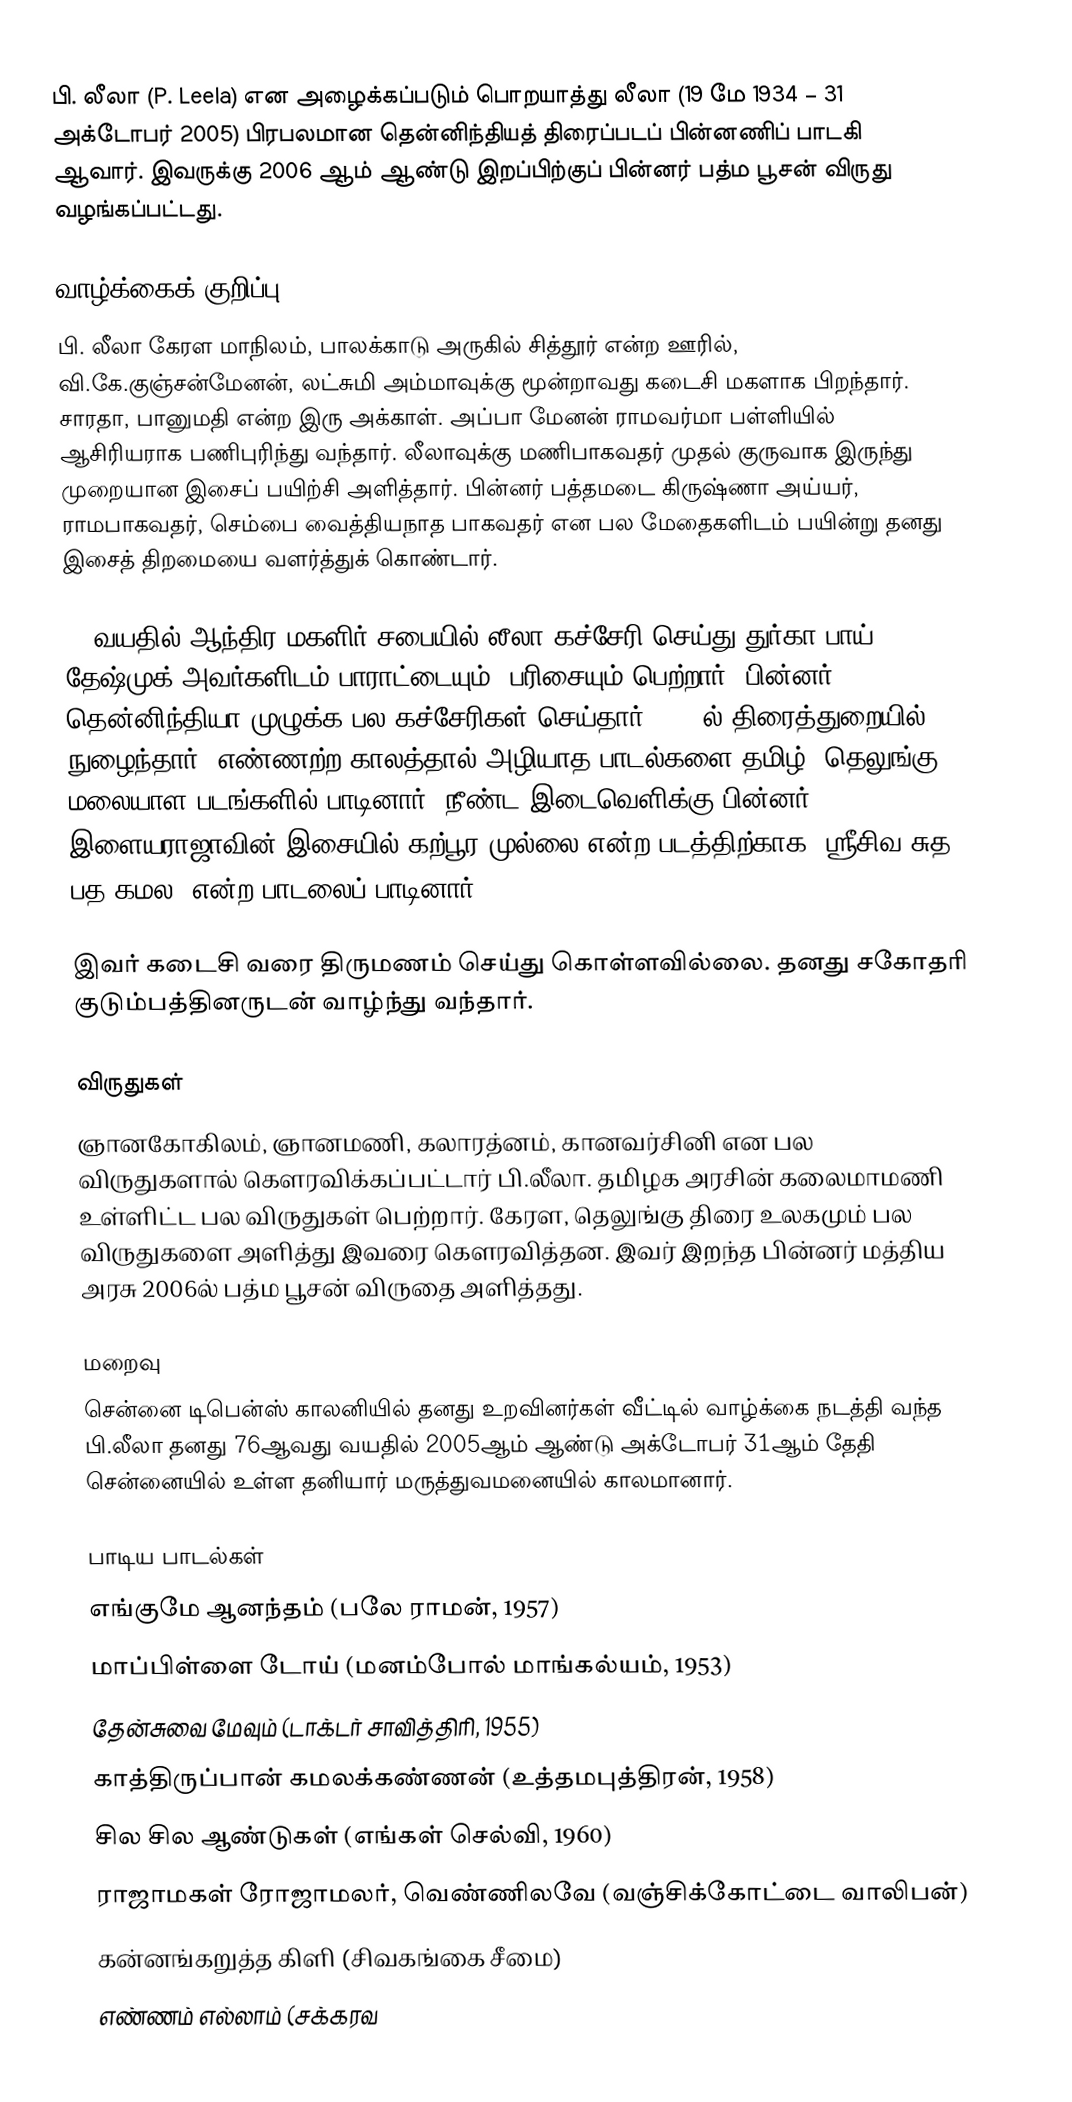
பி. லீலா (P. Leela) என அழைக்கப்படும் பொறயாத்து லீலா (19 மே 1934 – 31 அக்டோபர் 2005) பிரபலமான தென்னிந்தியத் திரைப்படப் பின்னணிப் பாடகி ஆவார். இவருக்கு 2006 ஆம் ஆண்டு இறப்பிற்குப் பின்னர் பத்ம பூசன் விருது வழங்கப்பட்டது.

வாழ்க்கைக் குறிப்பு
பி. லீலா கேரள மாநிலம், பாலக்காடு அருகில் சித்தூர் என்ற ஊரில், வி.கே.குஞ்சன்மேனன், லட்சுமி அம்மாவுக்கு மூன்றாவது கடைசி மகளாக பிறந்தார். சாரதா, பானுமதி என்ற இரு அக்காள். அப்பா மேனன் ராமவர்மா பள்ளியில் ஆசிரியராக பணிபுரிந்து வந்தார். லீலாவுக்கு மணிபாகவதர் முதல் குருவாக இருந்து முறையான இசைப் பயிற்சி அளித்தார். பின்னர் பத்தமடை கிருஷ்ணா அய்யர், ராமபாகவதர், செம்பை வைத்தியநாத பாகவதர் என பல மேதைகளிடம் பயின்று தனது இசைத் திறமையை வளர்த்துக் கொண்டார்.

12 வயதில் ஆந்திர மகளிர் சபையில் லீலா கச்சேரி செய்து துர்கா பாய் தேஷ்முக் அவர்களிடம் பாராட்டையும், பரிசையும் பெற்றார். பின்னர் தென்னிந்தியா முழுக்க பல கச்சேரிகள் செய்தார். 1948ல் திரைத்துறையில் நுழைந்தார். எண்ணற்ற காலத்தால் அழியாத பாடல்களை தமிழ், தெலுங்கு, மலையாள படங்களில் பாடினார். நீண்ட இடைவெளிக்கு பின்னர்  இளையராஜாவின் இசையில் கற்பூர முல்லை என்ற படத்திற்காக "ஸ்ரீசிவ சுத பத கமல" என்ற பாடலைப் பாடினார்.

இவர் கடைசி வரை திருமணம் செய்து கொள்ளவில்லை. தனது சகோதரி குடும்பத்தினருடன் வாழ்ந்து வந்தார்.

விருதுகள்
ஞானகோகிலம், ஞானமணி, கலாரத்னம், கானவர்சினி என பல விருதுகளால் கௌரவிக்கப்பட்டார் பி.லீலா. தமிழக அரசின் கலைமாமணி உள்ளிட்ட பல விருதுகள் பெற்றார். கேரள, தெலுங்கு திரை உலகமும் பல விருதுகளை அளித்து இவரை கௌரவித்தன. இவர் இறந்த பின்னர் மத்திய அரசு 2006ல் பத்ம பூசன் விருதை அளித்தது.

மறைவு
சென்னை டிபென்ஸ் காலனியில் தனது உறவினர்கள் வீட்டில் வாழ்க்கை நடத்தி வந்த பி.லீலா தனது 76ஆவது வயதில் 2005ஆம் ஆண்டு அக்டோபர் 31ஆம் தேதி சென்னையில் உள்ள தனியார் மருத்துவமனையில் காலமானார்.

பாடிய பாடல்கள்
 எங்குமே ஆனந்தம் (பலே ராமன், 1957)
 மாப்பிள்ளை டோய் (மனம்போல் மாங்கல்யம், 1953)
 தேன்சுவை மேவும் (டாக்டர் சாவித்திரி, 1955)
 காத்திருப்பான் கமலக்கண்ணன் (உத்தமபுத்திரன், 1958)
 சில சில ஆண்டுகள் (எங்கள் செல்வி, 1960)
 ராஜாமகள் ரோஜாமலர், வெண்ணிலவே (வஞ்சிக்கோட்டை வாலிபன்)
 கன்னங்கறுத்த கிளி (சிவகங்கை சீமை)
 எண்ணம் எல்லாம் (சக்கரவ